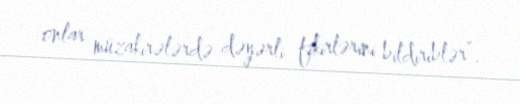
onlar müzakirələrdə dəyərli fikirlərini bildiriblər”.